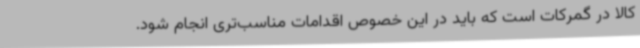
کالا در گمرکات است که باید در این خصوص اقدامات مناسب‌تری انجام شود.